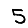
Digit: 5